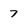
Character: 7